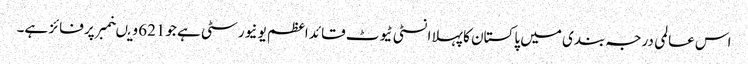
اس عالمی درجہ بندی میں پاکستان کا پہلا انسٹی ٹیوٹ قائد اعظم یو نیورسٹی ہے جو621 ویںنمبر پر فائز ہے۔